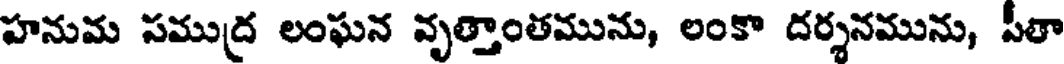
హనుమ సముద్ర లంఘన వృత్తాంతమును, లంకా దర్శనమును, పీతా